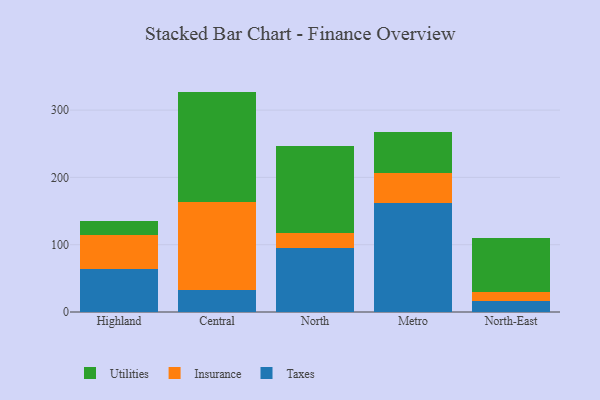
{"axis": {"x": "Region", "y": "Page Views"}, "legend": ["Insurance", "Taxes", "Utilities"], "data": [{"x": "Highland", "y": 64.2, "type": "Taxes"}, {"x": "Highland", "y": 50.2, "type": "Insurance"}, {"x": "Highland", "y": 21.0, "type": "Utilities"}, {"x": "Central", "y": 32.0, "type": "Taxes"}, {"x": "Central", "y": 131.2, "type": "Insurance"}, {"x": "Central", "y": 164.3, "type": "Utilities"}, {"x": "North", "y": 94.7, "type": "Taxes"}, {"x": "North", "y": 22.8, "type": "Insurance"}, {"x": "North", "y": 129.2, "type": "Utilities"}, {"x": "Metro", "y": 162.5, "type": "Taxes"}, {"x": "Metro", "y": 43.5, "type": "Insurance"}, {"x": "Metro", "y": 61.3, "type": "Utilities"}, {"x": "North-East", "y": 16.0, "type": "Taxes"}, {"x": "North-East", "y": 13.4, "type": "Insurance"}, {"x": "North-East", "y": 81.1, "type": "Utilities"}]}